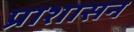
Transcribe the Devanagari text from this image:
प्राशासन